Report of the Indian Hemp Drugs Commission, 1894-1895 - Volume IV
Year: 1894
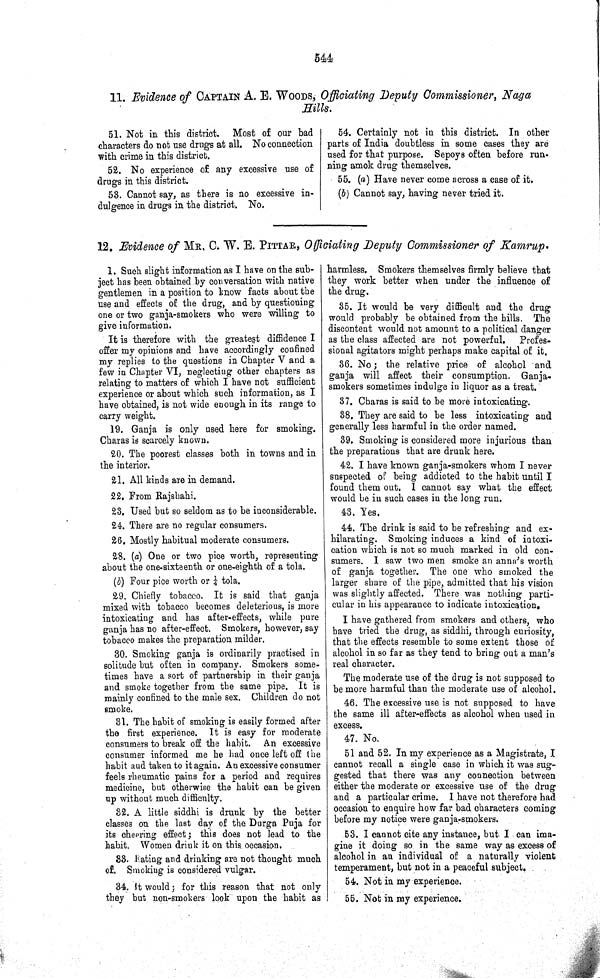
544
11. Evidence of CAPTAIN A. E. WOODS, Officiating Deputy Commissioner, Naga
Hills.
51. Not in this district. Most of our bad
characters do not use drugs at all. No connection
with crime in this district.
52. No experience of any excessive use of
drugs in this district.
53. Cannot say, as there is no excessive in-
dulgence in drugs in the district. No.
54. Certainly not in this district. In other
parts of India doubtless in some cases they are
used for that purpose. Sepoys often before run-
ning amok drug themselves.
55. (a) Have never come across a case of it.
(b) Cannot say, having never tried it.
12. Evidence of MR. C. W. E. PITTAR, Officiating Deputy Commissioner of Kamrup.
1. Such slight information as I have on the sub-
ject has been obtained by conversation with native
gentlemen in a position to know facts about the
use and effects of the drug, and by questioning
one or two ganja-smokers who were willing to
give information.
It is therefore with the greatest diffidence I
offer my opinions and have accordingly confined
my replies to the questions in Chapter V and a
few in Chapter VI, neglecting other chapters as
relating to matters of which I have not sufficient
experience or about which such information, as I
have obtained, is not wide enough in its range to
carry weight.
19. Ganja is only used here for smoking.
Charas is scarcely known.
20. The poorest classes both in towns and in
the interior.
21. All kinds are in demand.
22. From Rajshahi.
23. Used but so seldom as to be inconsiderable.
24. There are no regular consumers.
26. Mostly habitual moderate consumers.
28. (a) One or two pice worth, representing
about the one-sixteenth or one-eighth of a tola.
(b) Four pice worth or 1/4 tola.
29. Chiefly tobacco. It is said that ganja
mixed with tobacco becomes deleterious, is more
intoxicating and has after-effects, while pure
ganja has no after-effect. Smokers, however, say
tobacco makes the preparation milder.
30. Smoking ganja is ordinarily practised in
solitude but often in company. Smokers some-
times have a sort of partnership in their ganja
and smoke together from the same pipe. It is
mainly confined to the male sex. Children do not
smoke.
31. The habit of smoking is easily formed after
the first experience. It is easy for moderate
consumers to break off the habit. An excessive
consumer informed me he had once left off the
habit and taken to it again. An excessive consumer
feels rheumatic pains for a period and requires
medicine, but otherwise the habit can be given
up without much difficulty.
32. A little siddhi is drunk by the better
classes on the last day of the Durga Puja for
its cheering effect; this does not lead to the
habit. Women drink it on this occasion.
33. Eating and drinking are not thought much
of. Smoking is considered vulgar.
34. It would; for this reason that not only
they but non-smokers look upon the habit as
harmless. Smokers themselves firmly believe that
they work better when under the influence of
the drug.
35. It would be very difficult and the drug
would probably be obtained from the hills. The
discontent would not amount to a political danger
as the class affected are not powerful. Profes-
sional agitators might perhaps make capital of it.
36. No; the relative price of alcohol and
ganja will affect their consumption. Ganja-
smokers sometimes indulge in liquor as a treat.
37. Charas is said to be more intoxicating.
38. They are said to be less intoxicating and
generally less harmful in the order named.
39. Smoking is considered more injurious than
the preparations that are drunk here.
42. I have known ganja-smokers whom I never
suspected of being addicted to the habit until I
found them out. I cannot say what the effect
would be in such cases in the long run.
43. Yes.
44. The drink is said to be refreshing and ex-
hilarating. Smoking induces a kind of intoxi-
cation which is not so much marked in old con-
sumers. I saw two men smoke an anna's worth
of ganja together. The one who smoked the
larger share of the pipe, admitted that his vision
was slightly affected. There was nothing parti-
cular in his appearance to indicate intoxication.
I have gathered from smokers and others, who
have tried the drug, as siddhi, through curiosity,
that the effects resemble to some extent those of
alcohol in so far as they tend to bring out a man's
real character.
The moderate use of the drug is not supposed to
be more harmful than the moderate use of alcohol.
46. The excessive use is not supposed to have
the same ill after-effects as alcohol when used in
excess.
47. No.
51 and 52. In my experience as a Magistrate, I
cannot recall a single case in which it was sug-
gested that there was any connection between
either the moderate or excessive use of the drug
and a particular crime. I have not therefore had
occasion to enquire how far bad characters coming
before my notice were ganja-smokers.
53. I cannot cite any instance, but I can ima-
gine it doing so in the same way as excess of
alcohol in an individual of a naturally violent
temperament, but not in a peaceful subject.
54. Not in my experience.
55. Not in my experience.